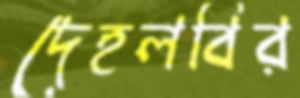
দেহলবির